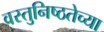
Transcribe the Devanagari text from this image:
वस्तुनिष्ठतेच्या